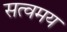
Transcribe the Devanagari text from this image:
सत्वमय